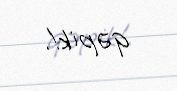
qəpik!.